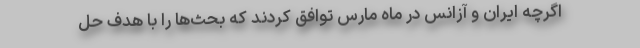
اگرچه ایران و آزانس در ماه مارس توافق کردند که بحث‌ها را با هدف حل